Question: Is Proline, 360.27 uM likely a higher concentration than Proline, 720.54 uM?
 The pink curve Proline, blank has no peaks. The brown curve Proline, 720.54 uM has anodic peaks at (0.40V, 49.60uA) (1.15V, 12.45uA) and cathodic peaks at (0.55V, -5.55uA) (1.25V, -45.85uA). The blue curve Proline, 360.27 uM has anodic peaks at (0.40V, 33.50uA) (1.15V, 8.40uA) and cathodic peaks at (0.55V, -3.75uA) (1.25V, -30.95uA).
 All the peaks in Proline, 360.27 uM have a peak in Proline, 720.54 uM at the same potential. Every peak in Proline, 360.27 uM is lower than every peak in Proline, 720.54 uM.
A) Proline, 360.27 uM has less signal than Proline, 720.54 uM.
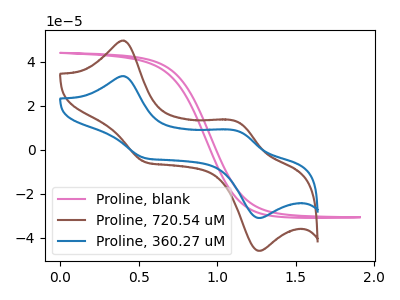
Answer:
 <answer>A) "Proline, 360.27 uM" has less signal than "Proline, 720.54 uM".</answer>
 <eval>A</eval>